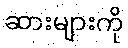
ဆားများကို